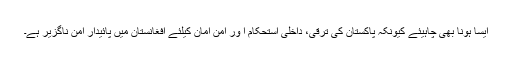
ایسا ہونا بھی چاہیئے کیونکہ پاکستان کی ترقی، داخلی استحکام ا ور امن امان کیلئے افغانستان میں پائیدار امن ناگزیر ہے۔